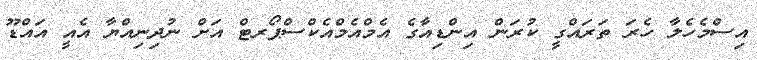
އިސްމެހެލާ ހެރަ ތަރައްގީ ކުރަން އިންޑިއާގެ އެމްއެމްއެކްސްޕޯރޓް އަށް ނުދިނިއްޔާ އެއީ އައްޑޫ